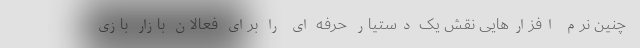
چنین نرم افزارهایی نقش یک دستیار حرفه ای را برای فعالان بازار بازی